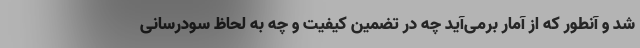
شد و آنطور که از آمار برمی‌آید چه در تضمین کیفیت و چه به لحاظ سودرسانی